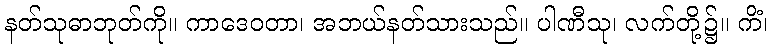
နတ်သုဓာဘုတ်ကို။ ကာဒေဝတာ၊ အဘယ်နတ်သားသည်။ ပါဏီသု၊ လက်တို့၌။ ကိံ၊